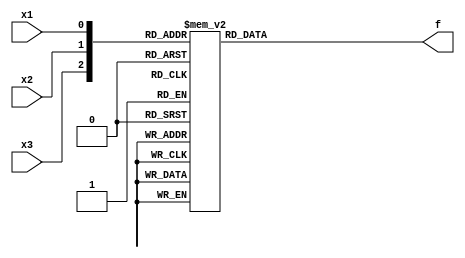
module top_module( 
    input x3,
    input x2,
    input x1,  // three inputs
    output reg f   // one output
);

always @(*) begin
    
case ({x3,x2,x1})

	3'b000 : f = 1'b0;
	3'b001 : f = 1'b0;
	3'b010 : f = 1'b1;
	3'b011 : f = 1'b1;
	3'b100 : f = 1'b0;
	3'b101 : f = 1'b1;
	3'b110 : f = 1'b0;
	3'b111 : f = 1'b1;

endcase

end

endmodule